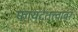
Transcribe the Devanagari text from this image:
फायदेतत्त्वावर